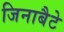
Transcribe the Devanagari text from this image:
जिनाबैटे